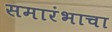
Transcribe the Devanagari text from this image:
समारंभाचा